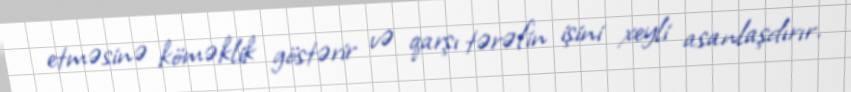
etməsinə köməklik göstərir və qarşı tərəfin işini xeyli asanlaşdırır.